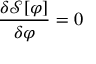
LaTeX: { \frac { \delta { \mathcal { S } } [ \varphi ] } { \delta \varphi } } = 0